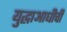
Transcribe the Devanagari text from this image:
युद्धाआधीची